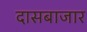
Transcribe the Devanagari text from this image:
दासबाजार